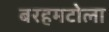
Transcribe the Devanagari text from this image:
बरहमटोला